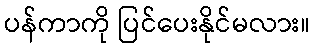
ပန်ကာကို ပြင်ပေးနိုင်မလား။